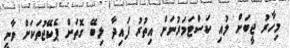
މިހާރު ޖީބަށް ލުއި ކަސްޓަމަރުނަށް އިތުރު ފައިދާ ލިބޭ ގޮތަށް ޕެކޭޖުތަކަށް ވާނީ